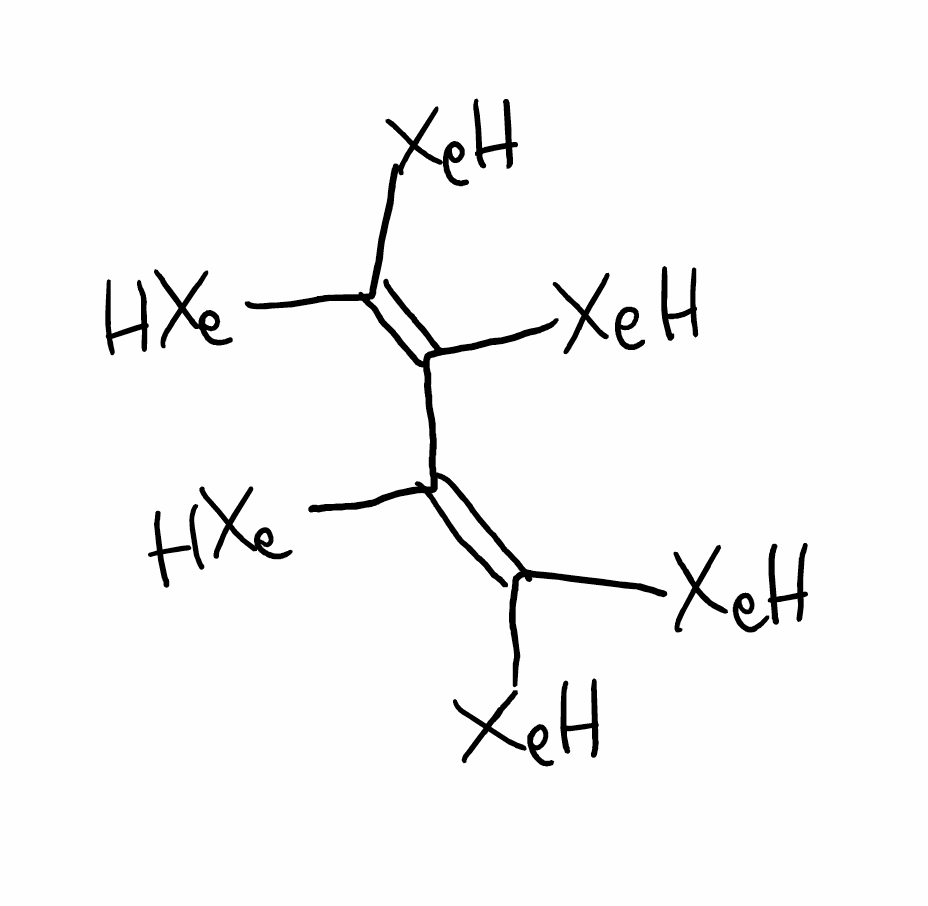
Simplified molecular-input line-entry system (SMILES) notation of the given molecule:
C(=C([XeH])[XeH])(C(=C([XeH])[XeH])[XeH])[XeH]